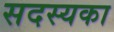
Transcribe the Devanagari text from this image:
सदस्यका